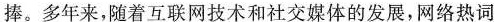
捧。多年来，随着互联网技术和社交媒体的发展，网络热词